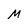
Character: M